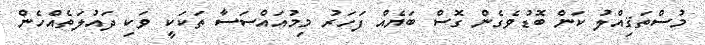
މުސްތަޤިއްލު ކަން ބޮޑުވެގެން ގޮސް ބަޔެއް ފަހަރު މިމުއައްސަސާ ތަކަކީ ވަކި ދައުލަތެއްހެން